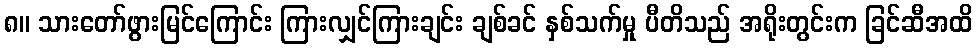
၈။ သားတော်ဖွားမြင်ကြောင်း ကြားလျှင်ကြားချင်း ချစ်ခင် နှစ်သက်မှု ပီတိသည် အရိုးတွင်းက ခြင်ဆီအထိ